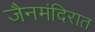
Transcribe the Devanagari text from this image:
जैनमंदिरात